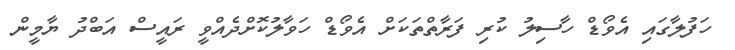
ހަފުލާގައި އެވޯޑް ހާސިލު ކުރި ފަރާތްތަކަށް އެވޯޑް ހަވާލުކޮށްދެއްވީ ރައީސް އަބްދު ޔާމީން